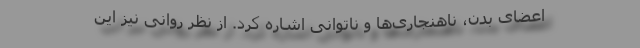
اعضای بدن، ناهنجاری‌ها و ناتوانی‌ اشاره کرد. از نظر روانی نیز این